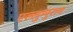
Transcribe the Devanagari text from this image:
एल्लुम्पुराम